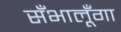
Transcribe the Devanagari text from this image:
सँभालूँगा